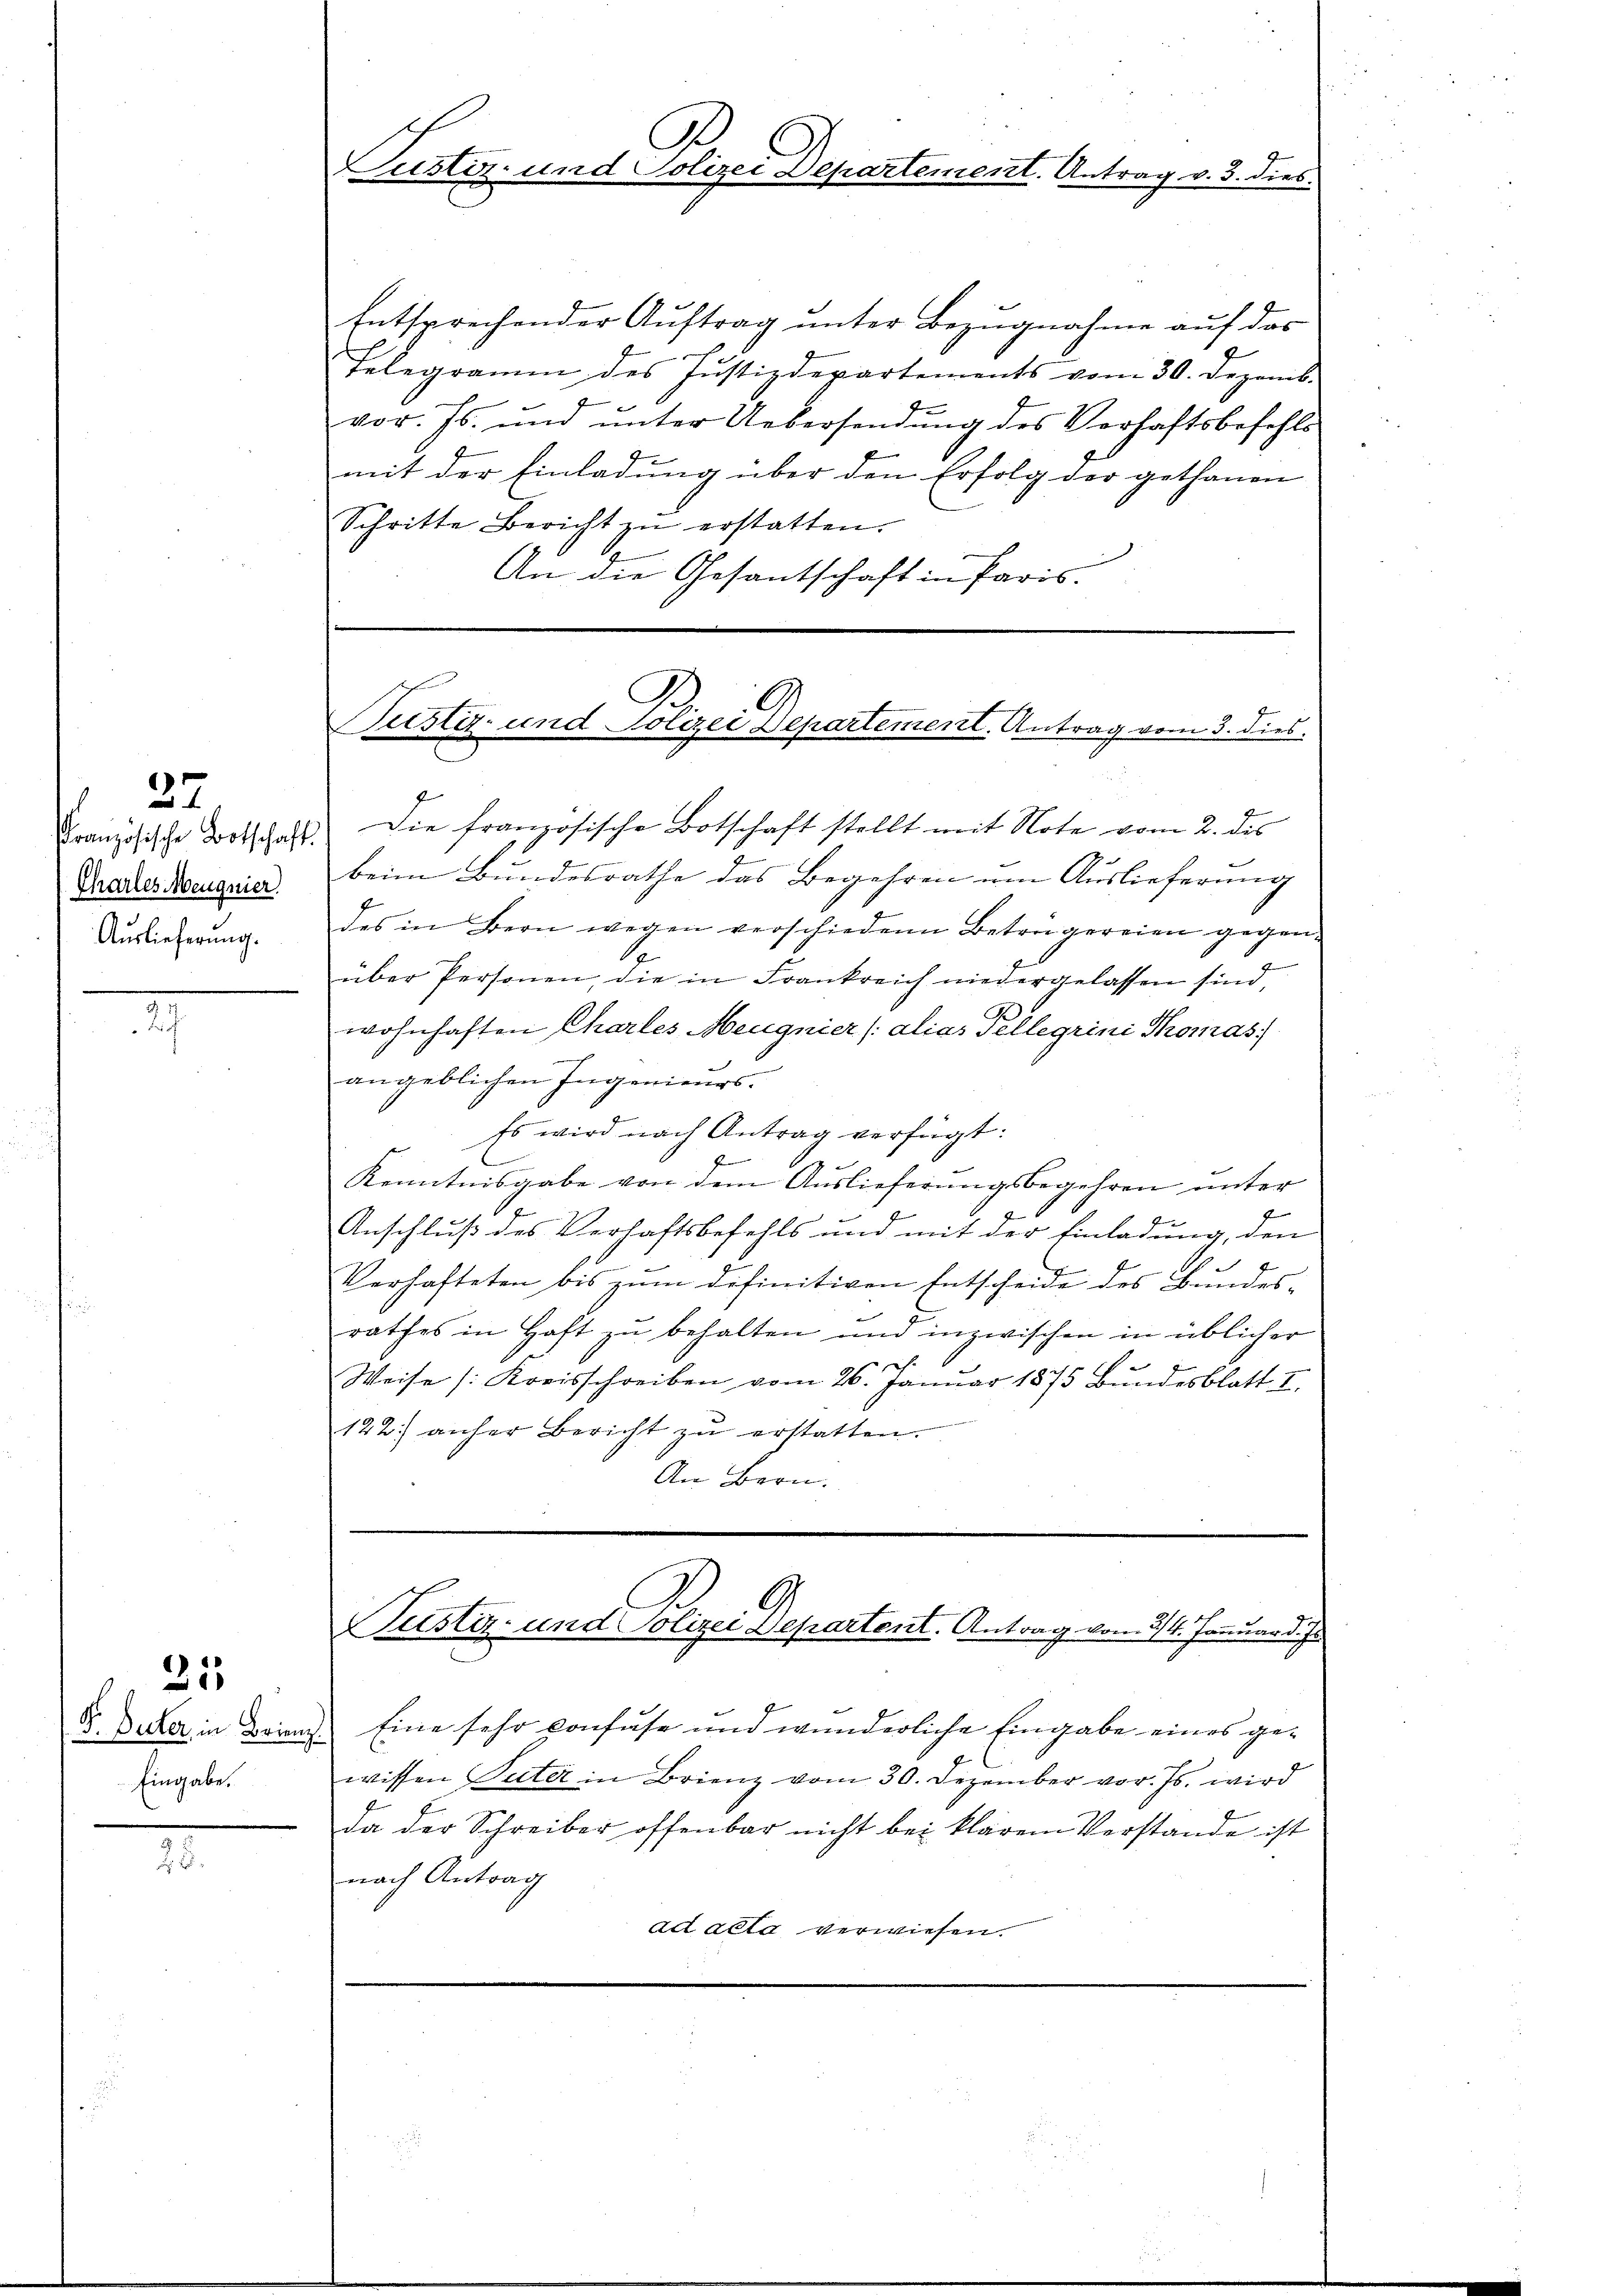
37
Charles Meugnier.
Auslieferung.

Eingabe.

215

Justiz- und Polizei Departement. Antrag v. 3. dies

Entsprechender Aŭftrag ŭnter Bezŭgnahme aŭf das
Telegramm des Justizdepartements vom 30. Dezemb.
vor. Js. und ŭnter Uebersendŭng des Verhaftsbefehls
mit der Einladung über den Erfolg der gethanen
Schritte Bericht zŭ erstatten.
An die Gesantschaft in Paris.

Französische Botschaft. Die französische Botschaft stellt mit Note vom 2. des
2
beim Bundesrathe das Begehren um Auslieferung
des in Bern wegen verschiedene Betragereien gegen-
über Personen, die in Frankreich niedergelassen sind,
wohnhaften Chartes Meugnier (alias Tellegrini Thomas
angeblichen Ingenieurs.
Es wird nach Antrag verfügt:
C
1
Kenntnisgabe von dem Auslieferungsbegehren unter
f
Anschluß des Verhaftsbefehls und mit der Einladung, den
Verhafteten bis zŭm definitiven Entscheide des Bundesrathes in Haft zu behalten und inzwischen in üblicher
ch.
Weise (Kreisschreiben vom 26. Januar 1875 Bŭndesblatt I
122. anher Bericht zŭ erstatten.
An Bern.

Justiz- und Polizei Departement. Antrag vom 3. dies

5. Decker, in Brings Eine sehr vonfuse und wunderliche Eingabe eines gewissen Vater in Brienz vom 30. Dezember vor. Js. wird
da der Schreiber offenbar nicht bei klarem Verstande ist
nach Antrag
ad acta verwiesen.

Austiz- und Polizei Departent. Antrag vom 24. Januar d. Js.